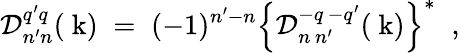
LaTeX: {\cal D}_{n^{\prime}n}^{q^{\prime}q}(\mathrm{\mathbf~k})\; =\; (-1)^{n^{\prime}-n}\Bigl\{ {\cal D}_{n\, n^{\prime}}^{-q\, -q^{\prime}}(\mathrm{\mathbf~k})\Bigr\} ^{\ast}\; \; ,